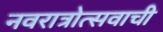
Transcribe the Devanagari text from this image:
नवरात्रोत्सवाची